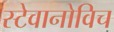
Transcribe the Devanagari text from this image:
स्टेवानोविच